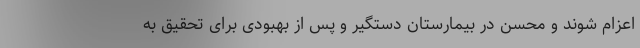
اعزام شوند و محسن در بیمارستان دستگیر و پس از بهبودی برای تحقیق به